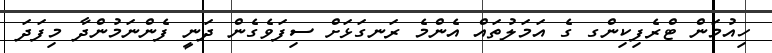
ހިއުމަން ޓްރެފިކިންގ ގެ އަމަލުތައް އެންމެ ރަނގަޅަށް ސިފަވެގެން ދަނީ ފެންނަމުންދާ މިފަދަ